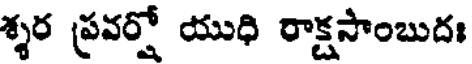
శ్శర ప్రవర్షో యుధి రాక్షసాంబుదః